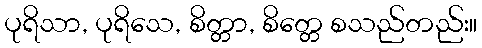
ပုရိသာ, ပုရိသေ, စိတ္တာ, စိတ္တေ စသည်တည်း။